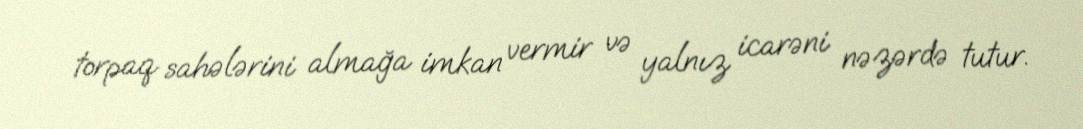
torpaq sahələrini almağa imkan vermir və yalnız icarəni nəzərdə tutur.